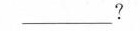
___?